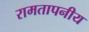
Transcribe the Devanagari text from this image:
रामतापनीय